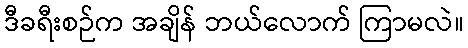
ဒီခရီးစဉ်က အချိန် ဘယ်လောက် ကြာမလဲ။